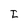
Character: I